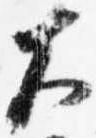
大